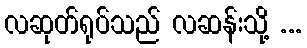
လဆုတ်ရုပ်သည် လဆန်းသို့ ...